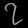
Digit: ၇